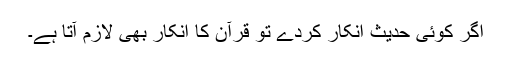
اگر کوئی حدیث انکار کردے تو قرآن کا انکار بھی لازم آتا ہے۔